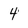
Character: 4